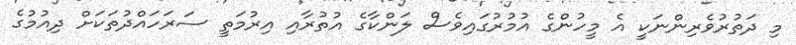
މި ދަތުރުވެރިންނަކީ އެ މީހުންގެ އުމުރުގައިވެސް ލަންކާގެ އުތުރާއި އިރުމަތީ ސަރަހައްދުތަކަށް ދިއުމުގެ